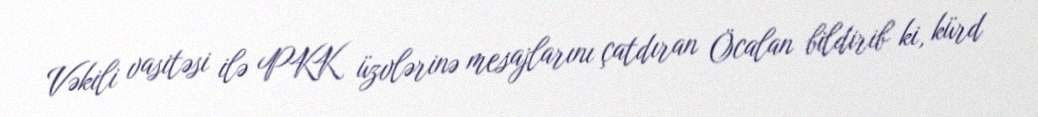
Vəkili vasitəsi ilə PKK üzvlərinə mesajlarını çatdıran Öcalan bildirib ki, kürd